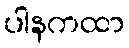
ပါနကထာ